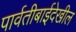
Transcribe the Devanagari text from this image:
पार्वतीबाईदेखील